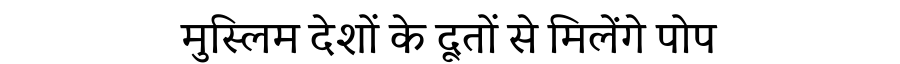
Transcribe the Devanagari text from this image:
मुस्लिम देशों के दूतों से मिलेंगे पोप